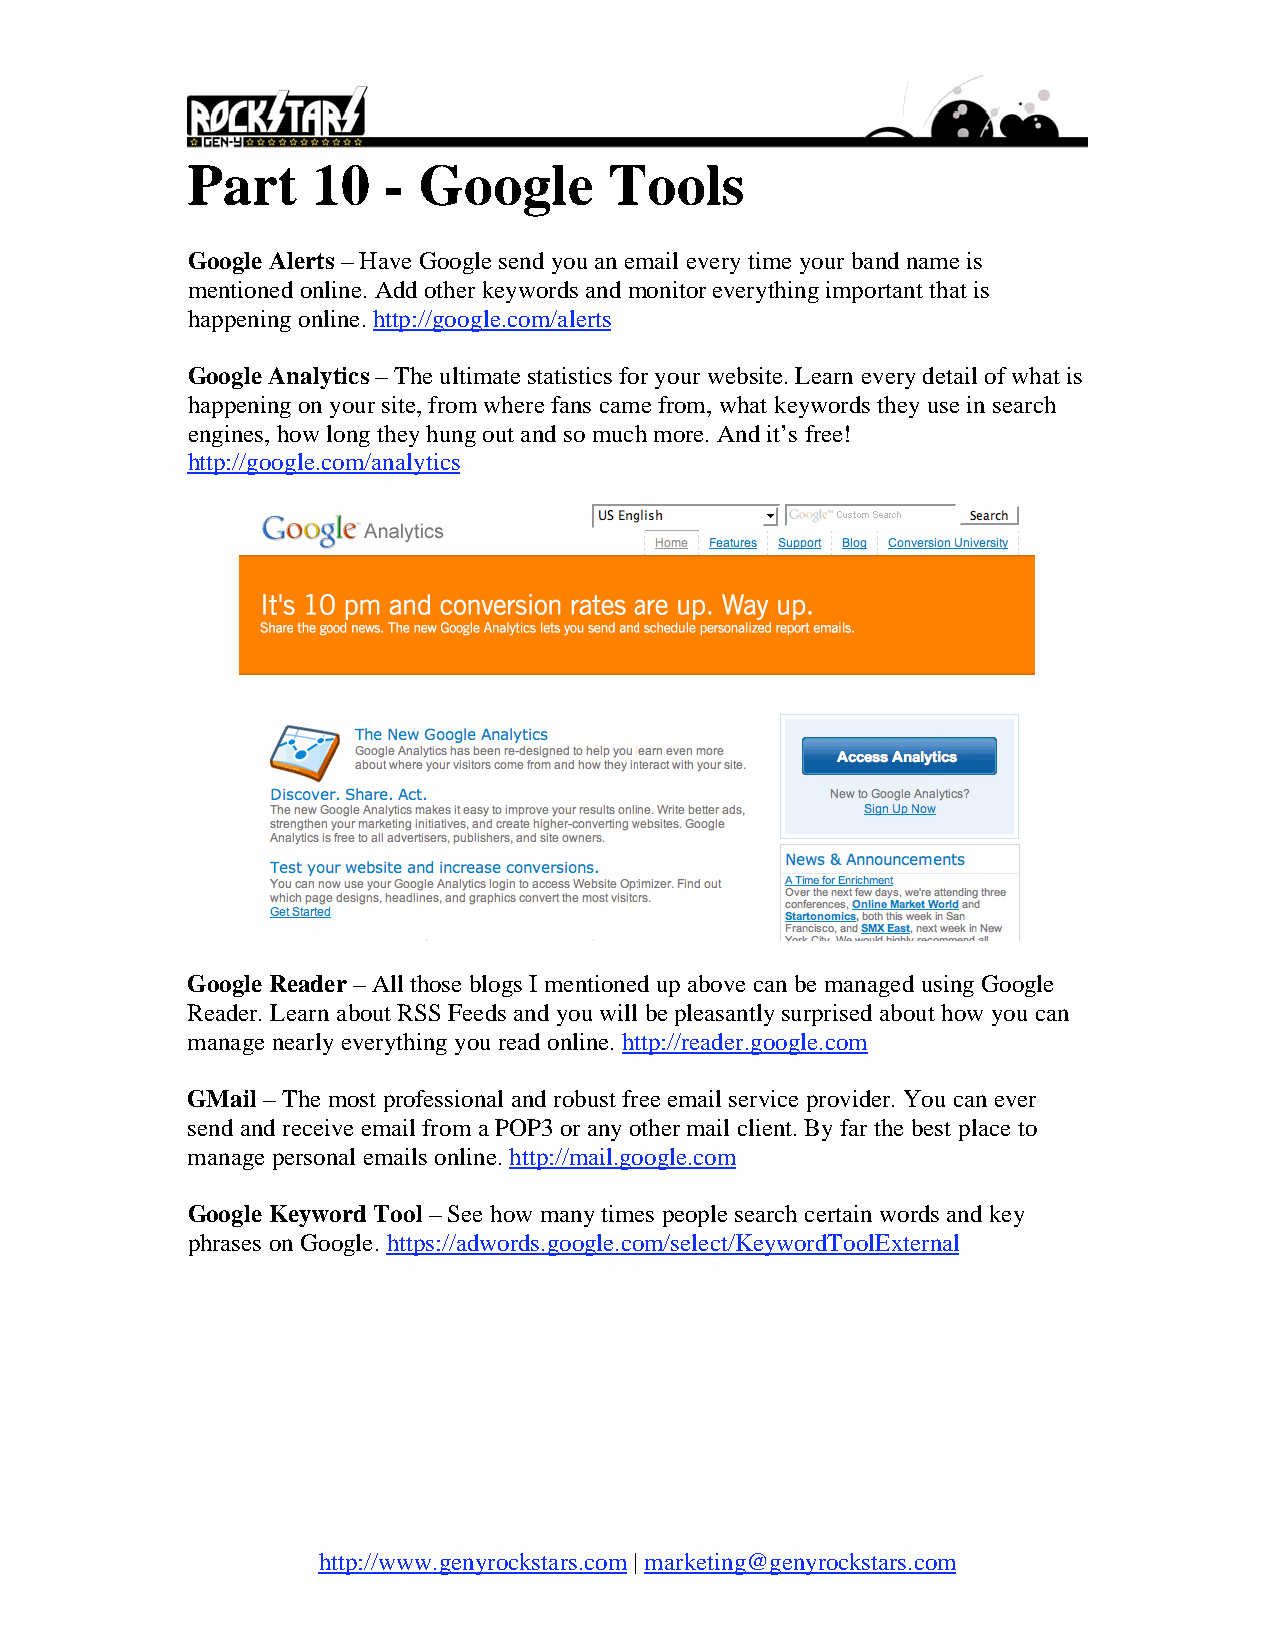
Part     10  -  Google      Tools
 Google Alerts – Have Google send you an email every time your band name is
 mentioned online. Add other keywords and monitor everything important that is
 happening online. http://google.com/alerts
 Google Analytics – The ultimate statistics for your website. Learn every detail of what is
 happening on your site, from where fans came from, what keywords they use in search
 engines, how long they hung out and so much more. And it’s free!
 http://google.com/analytics
 Google Reader – All those blogs I mentioned up above can be managed using Google
 Reader. Learn about RSS Feeds and you will be pleasantly surprised about how you can
 manage nearly everything you read online. http://reader.google.com
 GMail – The most professional and robust free email service provider. You can ever
 send and receive email from a POP3 or any other mail client. By far the best place to
 manage personal emails online. http://mail.google.com
 Google Keyword Tool – See how many times people search certain words and key
 phrases on Google. https://adwords.google.com/select/KeywordToolExternal
 http://www.genyrockstars.com | marketing@genyrockstars.com